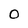
Character: O